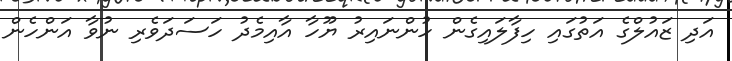
އަދި ޒައުލްގެ އަތުގައި ހިފާލައިގެން ހުންނައިރު ޔޫހާ އާއިމެދު ހަސަދަވެރި ނުވާ އަންހެން